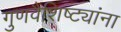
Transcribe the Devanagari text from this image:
गुणवैशिष्ट्यांना